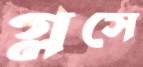
গ্লসে